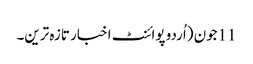
11جون (اُردو پوائنٹ اخبار تازہ ترین۔